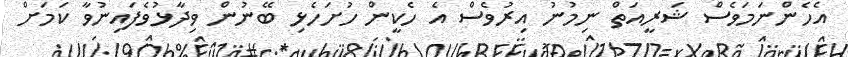
އެހެންނަމަވެސް ޝަރީއަތް ނިމުނު އިރުވެސް އެ ހެކީން ހުށަހެޅި ބޭނުން ވިދާޅުވެފައިނުވާ ކަމަށް